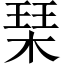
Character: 琹